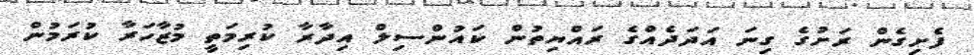
ފެށިގެން ރަށުގެ ގިނަ އަދަދެއްގެ ރައްޔިތުން ކައުންސިލް އިދާރާ ކުރިމަތީ މުޒާހަރާ ކުރަމުން